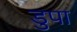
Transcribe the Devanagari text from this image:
डुपा